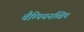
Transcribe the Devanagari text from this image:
चैम्पियनच्चिप